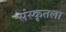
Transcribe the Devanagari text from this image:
संस्कृतला